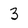
Character: 3